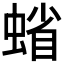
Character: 𧍖